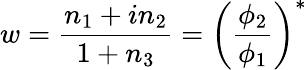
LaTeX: w={\frac{n_{1}+in_{2}}{1+n_{3}}}=\left({\frac{\phi_{2}}{\phi_{1}}}\right)^{*}